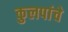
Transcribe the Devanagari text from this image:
कुलपांचे